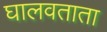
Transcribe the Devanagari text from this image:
घालवताता